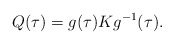
\begin{align*}Q(\tau)= g(\tau)Kg^{-1}(\tau) .\end{align*}